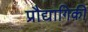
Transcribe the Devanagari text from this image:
प्रौद्यागिकी